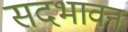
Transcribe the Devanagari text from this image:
सदभावन